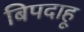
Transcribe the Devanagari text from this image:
बिपदाहू